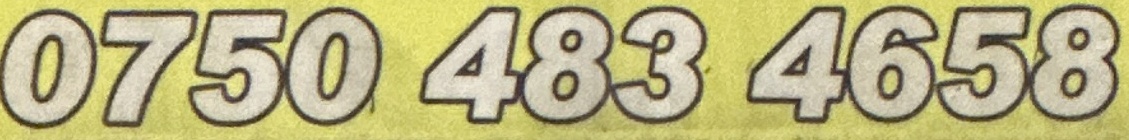
0750 483 4658